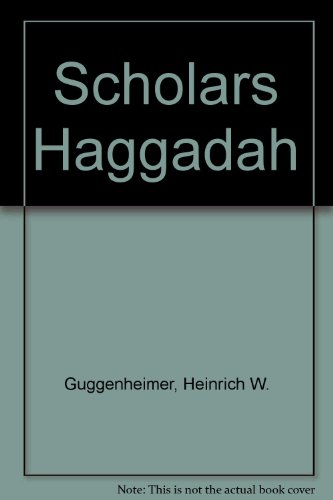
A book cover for The Scholar's Haggadah: Ashkenazic, Sephardic, and Oriental Versions: With a Historical Literary Commentary; Heinrich Guggenheimer; Religion & Spirituality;